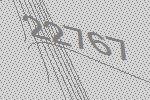
22767